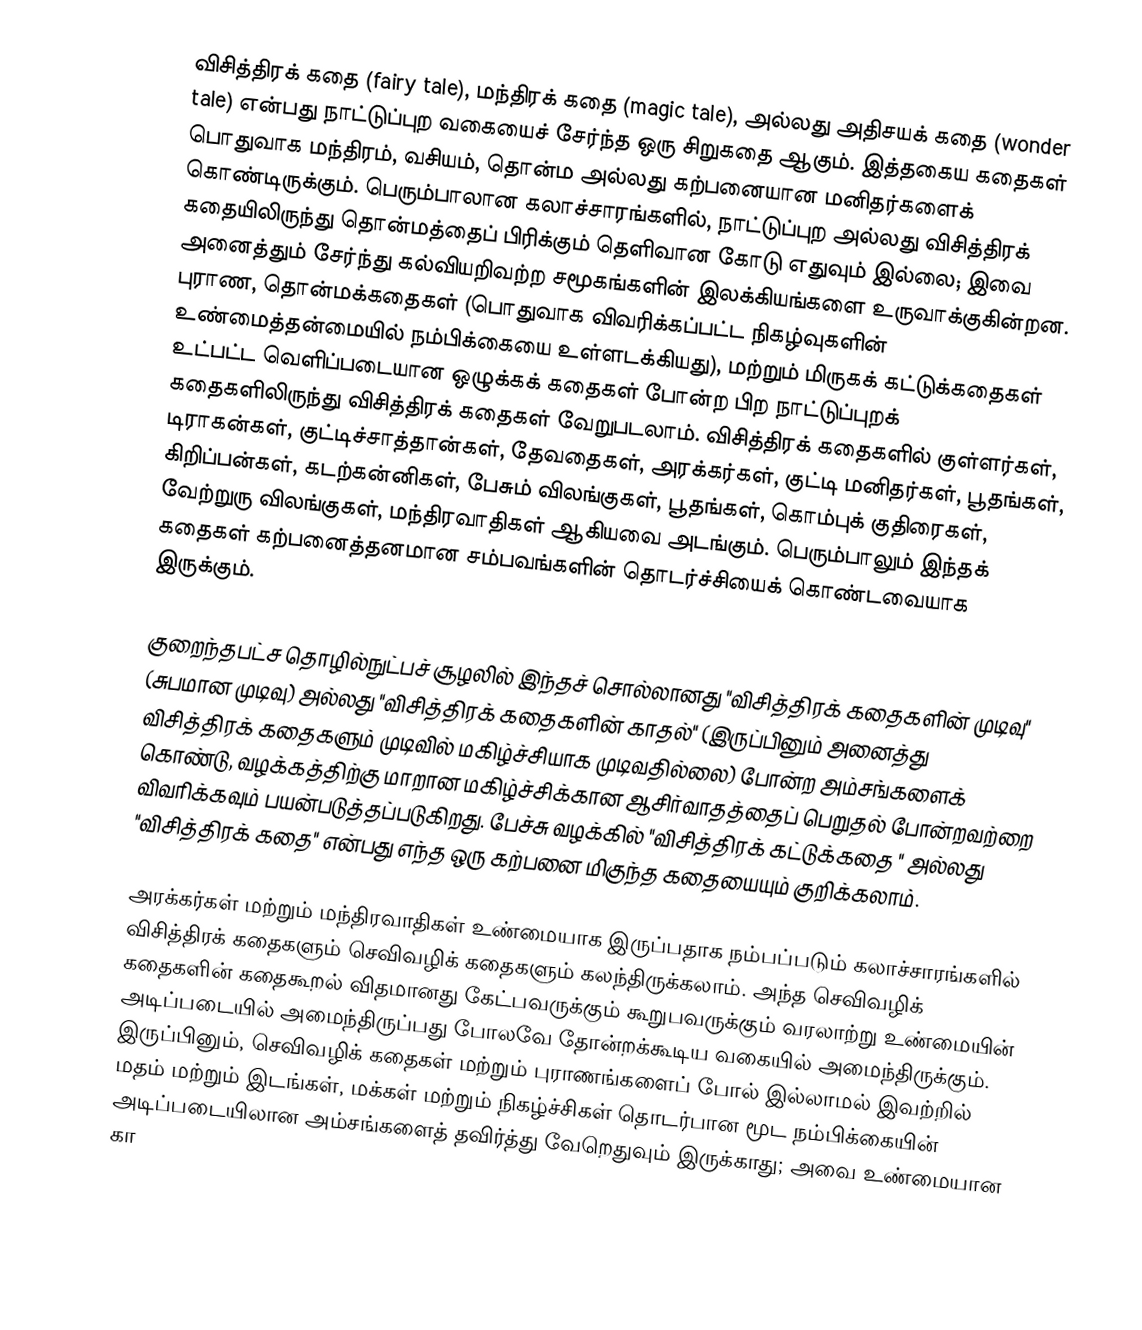
விசித்திரக் கதை (fairy tale), மந்திரக் கதை (magic tale), அல்லது அதிசயக் கதை (wonder tale) என்பது நாட்டுப்புற வகையைச் சேர்ந்த ஒரு சிறுகதை ஆகும். இத்தகைய கதைகள் பொதுவாக மந்திரம், வசியம், தொன்ம அல்லது கற்பனையான மனிதர்களைக் கொண்டிருக்கும். பெரும்பாலான கலாச்சாரங்களில், நாட்டுப்புற அல்லது விசித்திரக் கதையிலிருந்து தொன்மத்தைப் பிரிக்கும் தெளிவான கோடு எதுவும் இல்லை; இவை அனைத்தும் சேர்ந்து கல்வியறிவற்ற சமூகங்களின் இலக்கியங்களை உருவாக்குகின்றன. புராண, தொன்மக்கதைகள் (பொதுவாக விவரிக்கப்பட்ட நிகழ்வுகளின் உண்மைத்தன்மையில் நம்பிக்கையை உள்ளடக்கியது), மற்றும் மிருகக் கட்டுக்கதைகள் உட்பட்ட வெளிப்படையான ஒழுக்கக் கதைகள் போன்ற பிற நாட்டுப்புறக் கதைகளிலிருந்து விசித்திரக் கதைகள் வேறுபடலாம். விசித்திரக் கதைகளில் குள்ளர்கள், டிராகன்கள், குட்டிச்சாத்தான்கள், தேவதைகள், அரக்கர்கள், குட்டி மனிதர்கள், பூதங்கள், கிறிப்பன்கள், கடற்கன்னிகள், பேசும் விலங்குகள், பூதங்கள், கொம்புக் குதிரைகள், வேற்றுரு விலங்குகள், மந்திரவாதிகள் ஆகியவை அடங்கும். பெரும்பாலும் இந்தக் கதைகள் கற்பனைத்தனமான சம்பவங்களின் தொடர்ச்சியைக் கொண்டவையாக இருக்கும்.

குறைந்தபட்ச தொழில்நுட்பச் சூழலில் இந்தச் சொல்லானது "விசித்திரக் கதைகளின் முடிவு" (சுபமான முடிவு) அல்லது "விசித்திரக் கதைகளின் காதல்" (இருப்பினும் அனைத்து விசித்திரக் கதைகளும் முடிவில் மகிழ்ச்சியாக முடிவதில்லை) போன்ற அம்சங்களைக் கொண்டு, வழக்கத்திற்கு மாறான மகிழ்ச்சிக்கான ஆசிர்வாதத்தைப் பெறுதல் போன்றவற்றை விவரிக்கவும் பயன்படுத்தப்படுகிறது. பேச்சு வழக்கில் "விசித்திரக் கட்டுக்கதை " அல்லது "விசித்திரக் கதை" என்பது எந்த ஒரு கற்பனை மிகுந்த கதையையும் குறிக்கலாம்.

அரக்கர்கள் மற்றும் மந்திரவாதிகள் உண்மையாக இருப்பதாக நம்பப்படும் கலாச்சாரங்களில் விசித்திரக் கதைகளும் செவிவழிக் கதைகளும் கலந்திருக்கலாம். அந்த செவிவழிக் கதைகளின் கதைகூறல் விதமானது கேட்பவருக்கும் கூறுபவருக்கும் வரலாற்று உண்மையின் அடிப்படையில் அமைந்திருப்பது போலவே தோன்றக்கூடிய வகையில் அமைந்திருக்கும். இருப்பினும், செவிவழிக் கதைகள் மற்றும் புராணங்களைப் போல் இல்லாமல் இவற்றில் மதம் மற்றும் இடங்கள், மக்கள் மற்றும் நிகழ்ச்சிகள் தொடர்பான மூட நம்பிக்கையின் அடிப்படையிலான அம்சங்களைத் தவிர்த்து வேறெதுவும் இருக்காது; அவை உண்மையான கா